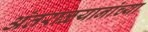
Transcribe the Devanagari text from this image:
अंतराळयानांच्या